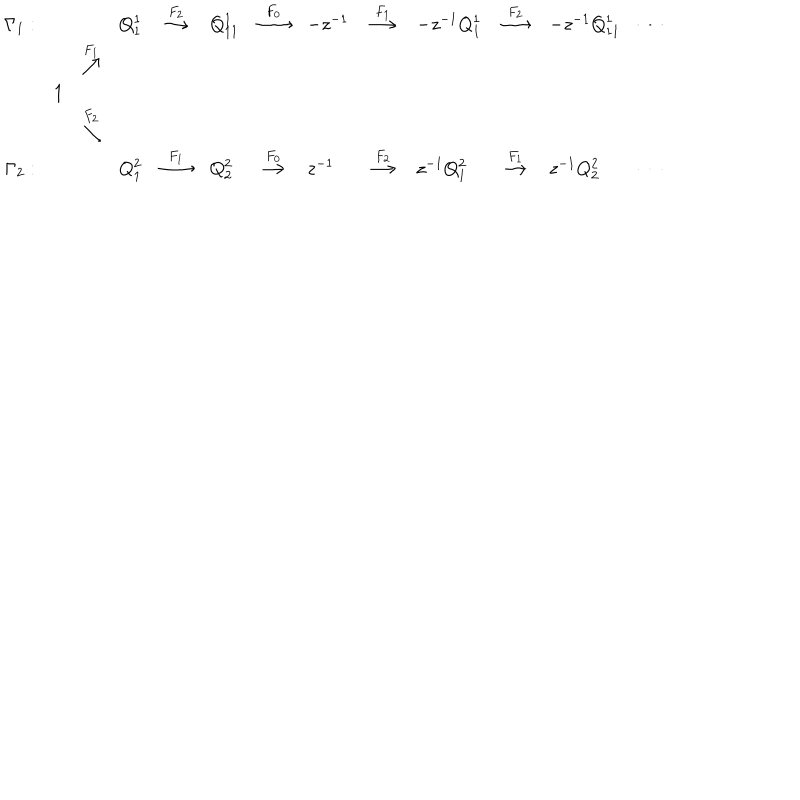
\begin{array} { l l l l l l l l l l l l l } { { \Gamma _ { 1 } : } } & { { } } & { { } } & { { Q _ { 1 } ^ { 1 } } } & { { \stackrel { F _ { 2 } } { \longrightarrow } } } & { { Q _ { 1 1 } ^ { 1 } } } & { { \stackrel { F _ { 0 } } { \longrightarrow } } } & { { - z ^ { - 1 } } } & { { \stackrel { F _ { 1 } } { \longrightarrow } } } & { { - z ^ { - 1 } Q _ { 1 } ^ { 1 } } } & { { \stackrel { F _ { 2 } } { \longrightarrow } } } & { { - z ^ { - 1 } Q _ { 1 1 } ^ { 1 } } } & { { \cdots } } \\ { { } } & { { } } & { { \stackrel { F _ { 1 } } { \nearrow } } } & { { } } & { { } } & { { } } & { { } } & { { } } & { { } } & { { } } & { { } } & { { } } & { { } } \\ { { } } & { { 1 } } & { { } } & { { } } & { { } } & { { } } & { { } } & { { } } & { { } } & { { } } & { { } } & { { } } & { { } } \\ { { } } & { { } } & { { \stackrel { F _ { 2 } } { \searrow } } } & { { } } & { { } } & { { } } & { { } } & { { } } & { { } } & { { } } & { { } } & { { } } & { { } } \\ { { \Gamma _ { 2 } : } } & { { } } & { { } } & { { Q _ { 1 } ^ { 2 } } } & { { \stackrel { F _ { 1 } } { \longrightarrow } } } & { { Q _ { 2 } ^ { 2 } } } & { { \stackrel { F _ { 0 } } { \longrightarrow } } } & { { z ^ { - 1 } } } & { { \stackrel { F _ { 2 } } { \longrightarrow } } } & { { z ^ { - 1 } Q _ { 1 } ^ { 2 } } } & { { \stackrel { F _ { 1 } } { \longrightarrow } } } & { { z ^ { - 1 } Q _ { 2 } ^ { 2 } } } & { { \cdots } } \\ \end{array}